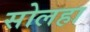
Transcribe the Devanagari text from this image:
सोलहा